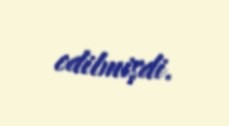
edilmişdi.